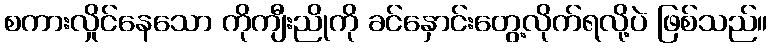
စကားလှိုင်နေသော ကိုကျီးညိုကို ခင်နှောင်းတွေ့လိုက်ရလို့ပဲ ဖြစ်သည်။